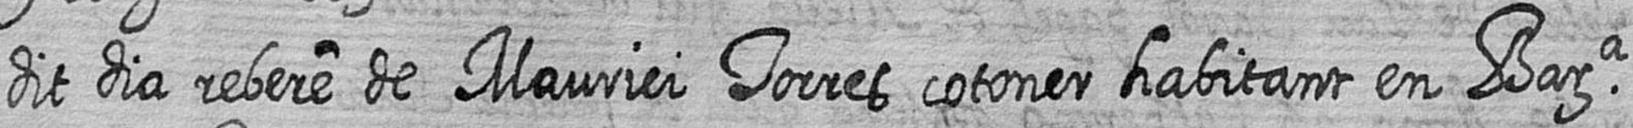
dit dia rebere de Maurici Torres cotoner habitant en Bara